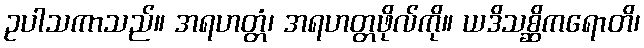
ဥပါသကာသည်။ အရဟတ္တံ၊ အရဟတ္တဖိုလ်ကို။ ယဒိသစ္ဆိကရောတိ၊